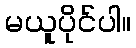
မယူပိုင်ပါ။